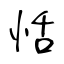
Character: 恬